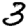
Digit: 3